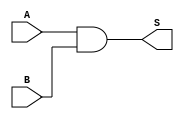
`timescale 1ns / 1ps
//////////////////////////////////////////////////////////////////////////////////
// Company: 
// Engineer: 
// 
// Design Name: 
// Module Name:    AND 
// Project Name: 	 Design ARM Architecture		
// Target Devices: 
// Tool versions: 
// Description: 
//
// Dependencies: 
//
// Revision: 
// Revision 0.01 - File Created
// Additional Comments: 
//
//////////////////////////////////////////////////////////////////////////////////
module AND(
    input A,
    input B,
    output reg S
    );
	always @(A, B)
		S <= A & B;
endmodule